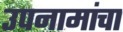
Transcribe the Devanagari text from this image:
उपनामांचा